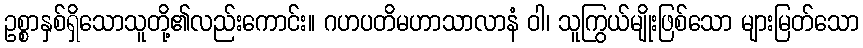
ဥစ္စာနှစ်ရှိသောသူတို့၏လည်းကောင်း။ ဂဟပတိမဟာသာလာနံ ဝါ၊ သူကြွယ်မျိုးဖြစ်သော များမြတ်သော